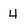
Character: 4